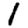
Digit: 1